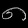
Digit: ၈